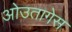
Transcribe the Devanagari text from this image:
ओउतागेस